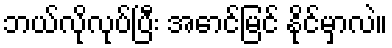
ဘယ်လိုလုပ်ပြီး အောင်မြင် နိုင်မှာလဲ။